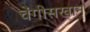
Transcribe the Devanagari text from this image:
चेंगीसखान